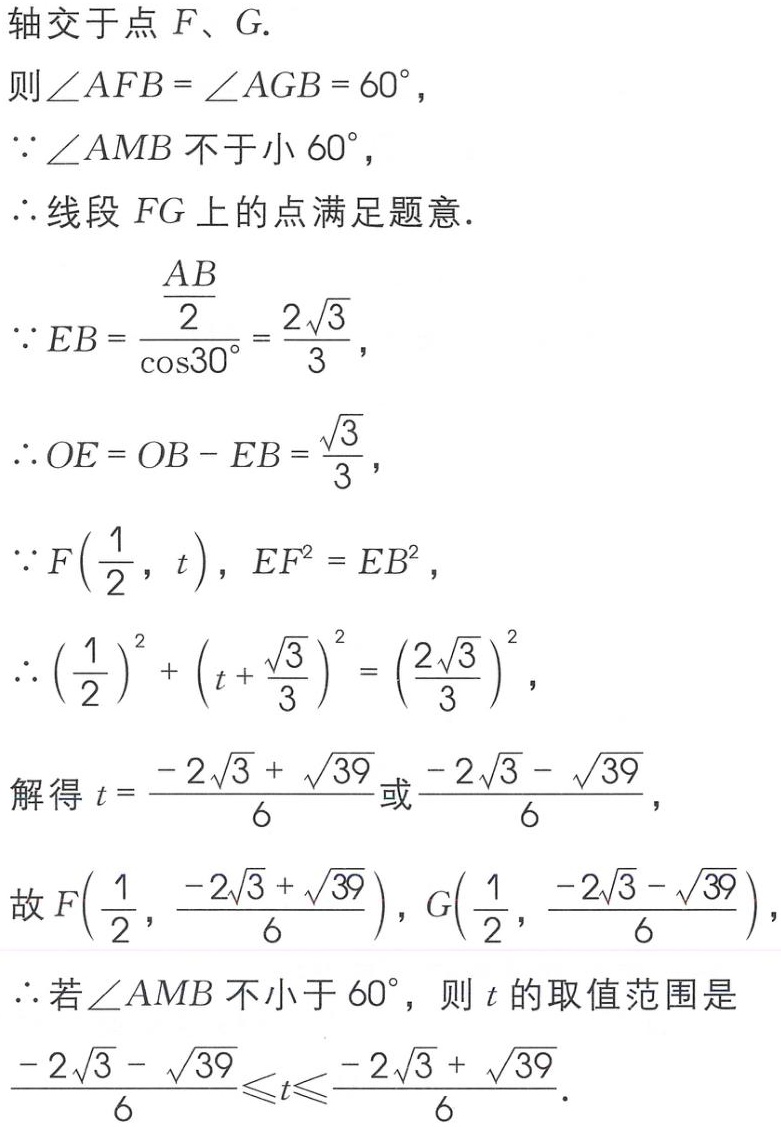
轴交于点 \(F、G.\)
则\(\angle AFB = \angle AGB = 60^{\circ}\)，
\(\because\angle AMB\) 不于小 \(60^{\circ}\)，
\(\therefore\) 线段 \(FG\) 上的点满足题意.
\(\because EB=\frac{\frac{AB}{2}}{\cos30^{\circ}}=\frac{2\sqrt{3}}{3}\)，
\(\therefore OE = OB - EB=\frac{\sqrt{3}}{3}\)，
\(\because F(\frac{1}{2},t)\)，\(EF^{2}=EB^{2}\)，
\(\therefore (\frac{1}{2})^{2}+(t + \frac{\sqrt{3}}{3})^{2}=(\frac{2\sqrt{3}}{3})^{2}\)，
解得 \(t=\frac{-2\sqrt{3}+\sqrt{39}}{6}\)或\(\frac{-2\sqrt{3}-\sqrt{39}}{6}\)，
故 \(F(\frac{1}{2},\frac{-2\sqrt{3}+\sqrt{39}}{6})\)，\(G(\frac{1}{2},\frac{-2\sqrt{3}-\sqrt{39}}{6})\)，
\(\therefore\) 若\(\angle AMB\) 不小于 \(60^{\circ}\)，则 \(t\) 的取值范围是
\(\frac{-2\sqrt{3}-\sqrt{39}}{6}\leqslant t\leqslant\frac{-2\sqrt{3}+\sqrt{39}}{6}\).